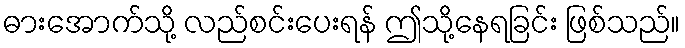
ဓားအောက်သို့ လည်စင်းပေးရန် ဤသို့နေရခြင်း ဖြစ်သည်။